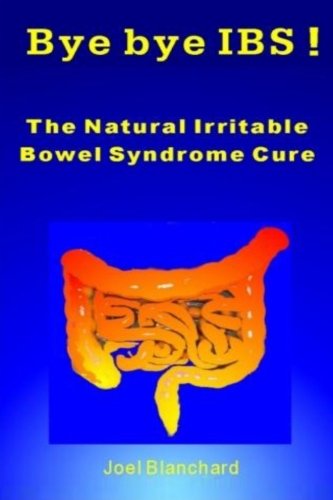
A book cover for Bye bye IBS ! The Natural Irritable Bowel Syndrome Cure; Joel Blanchard; Health, Fitness & Dieting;